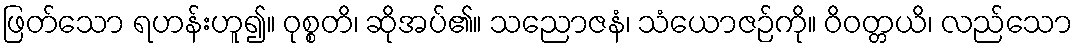
ဖြတ်သော ရဟန်းဟူ၍။ ဝုစ္စတိ၊ ဆိုအပ်၏။ သညောဇနံ၊ သံယောဇဉ်ကို။ ဝိဝတ္တယိ၊ လည်သော